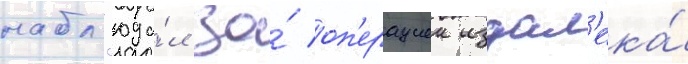
набл'юда́л за́ оп'ерациеи издал'ека́